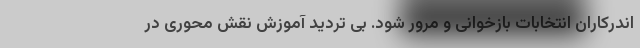
اندرکاران انتخابات بازخوانی و مرور شود. بی تردید آموزش نقش محوری در